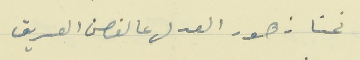
نحنا زهور العدل عالغصن العريق